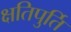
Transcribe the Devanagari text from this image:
क्षतिपुर्ति